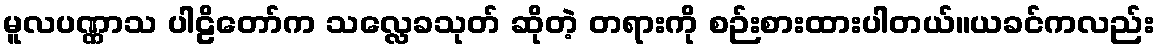
မူလပဏ္ဏာသ ပါဠိတော်က သလ္လေခသုတ် ဆိုတဲ့ တရားကို စဉ်းစားထားပါတယ်။ယခင်ကလည်း